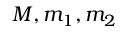
M , m _ { 1 } , m _ { 2 }